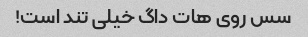
سس روی هات داگ خیلی تند است!